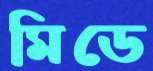
মিডে